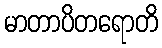
မာတာပိတရောတိ